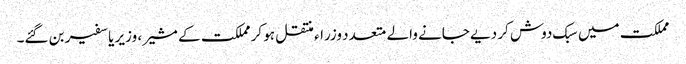
مملکت میں سبک دوش کر دیے جانے والے متعدد وزراء منتقل ہو کر مملکت کے مشیر ، وزیر یا سفیر بن گئے۔